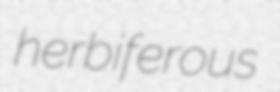
herbiferous